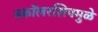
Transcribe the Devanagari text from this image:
स्कॉलरशिपमुळे